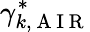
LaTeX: \gamma_{k,\mathrm{~A~I~R~}}^{\ast}